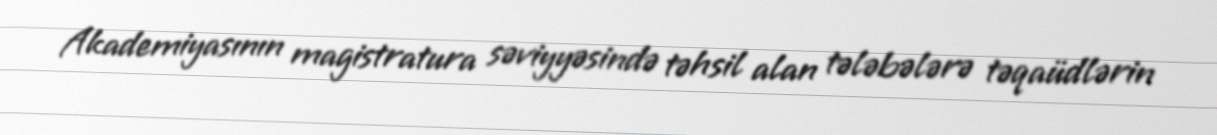
Akademiyasının magistratura səviyyəsində təhsil alan tələbələrə təqaüdlərin